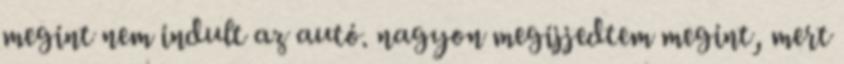
megint nem indult az autó. nagyon megijjedtem megint, mert